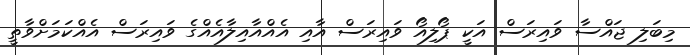
މިބަލި ޖައްސާ ވައިރަސް އަކީ ޕޯލިއޯ ވައިރަސް އާއި އެއްއާއިލާއެއްގެ ވައިރަސް އެއްކަމަށްވާތީ